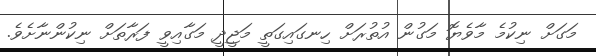
މަގަށް ނިކުމެ މާވެޔޮ މަގުން އުތުރަށް ހިނގައިގަތީ މަޖީދީ މަގާއިވީ ފަރާތަށް ނިކުންނާށެވެ.